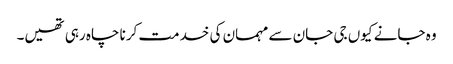
وہ جانے کیوں جی جان سے مہمان کی خدمت کرنا چاہ رہی تھیں۔